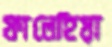
ফালেহিয়া